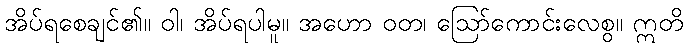
အိပ်ရစေချင်၏။ ဝါ၊ အိပ်ရပါမူ။ အဟော ဝတ၊ ဩော်ကောင်းလေစွ။ ဣတိ